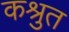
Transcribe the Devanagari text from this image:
कश्रुत